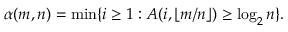
\alpha ( m , n ) = \operatorname* { m i n } \{ i \geq 1 : A ( i , \lfloor m / n \rfloor ) \geq \log _ { 2 } n \} .